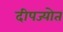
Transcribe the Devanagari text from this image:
दीपज्योत